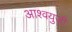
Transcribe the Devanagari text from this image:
आश्वयुजी